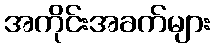
အကိုင်းအခက်များ